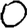
Digit: 0